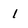
Character: l